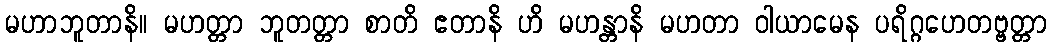
မဟာဘူတာနိ။ မဟတ္တာ ဘူတတ္တာ စာတိ ဧတာနိ ဟိ မဟန္တာနိ မဟတာ ဝါယာမေန ပရိဂ္ဂဟေတဗ္ဗတ္တာ